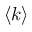
\langle k \rangle